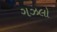
ગઝલો